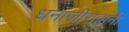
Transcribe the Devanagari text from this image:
धनाजीरावांनी